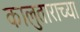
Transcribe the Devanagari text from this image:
कालुताराच्या